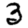
Digit: 3